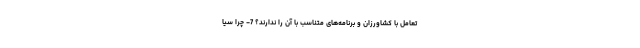
تعامل با کشاورزان و برنامه‌های متناسب با آن را ندارند؟ 7- چرا سیا